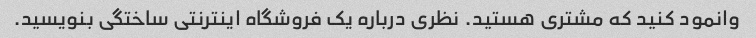
وانمود کنید که مشتری هستید. نظری درباره یک فروشگاه اینترنتی ساختگی بنویسید.